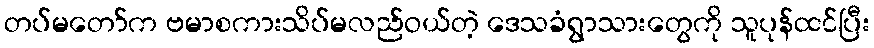
တပ်မတော်က ဗမာစကားသိပ်မလည်ဝယ်တဲ့ ဒေသခံရွာသားတွေကို သူပုန်ထင်ပြီး